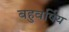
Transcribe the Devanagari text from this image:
बहुवर्षिय